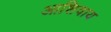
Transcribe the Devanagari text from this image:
आशिवाय